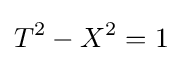
T^{2}-X^{2}=1